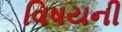
વિષયની